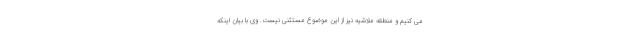
می کنیم و منطقه ملاشیه نیز از این موضوع مستثنی نیست. وی با بیان اینکه